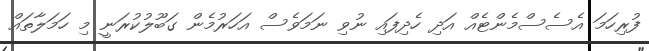
ފުރިހަމަ އެސެސްމެންޓެއް އަދި ހެދިފައި ނުވި ނަމަވެސް އަހަރުމެން ގަބޫލުކުރަނީ މި ހަމަލާތައް